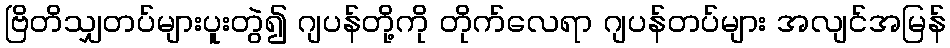
ဗြိတိသျှတပ်များပူးတွဲ၍ ဂျပန်တို့ကို တိုက်လေရာ ဂျပန်တပ်များ အလျင်အမြန်